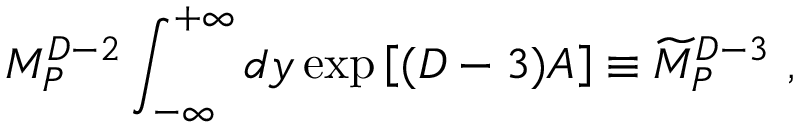
M _ { P } ^ { D - 2 } \int _ { - \infty } ^ { + \infty } d y \exp \left[ ( D - 3 ) A \right] \equiv { \widetilde M } _ { P } ^ { D - 3 } ~ ,